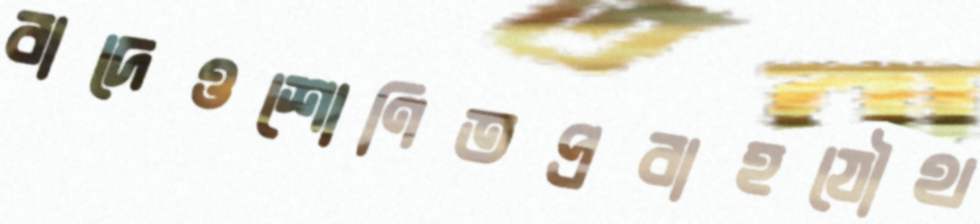
বাদেওশোণিতপ্রবাহযৌথ